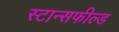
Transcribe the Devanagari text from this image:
स्टान्सफील्ड